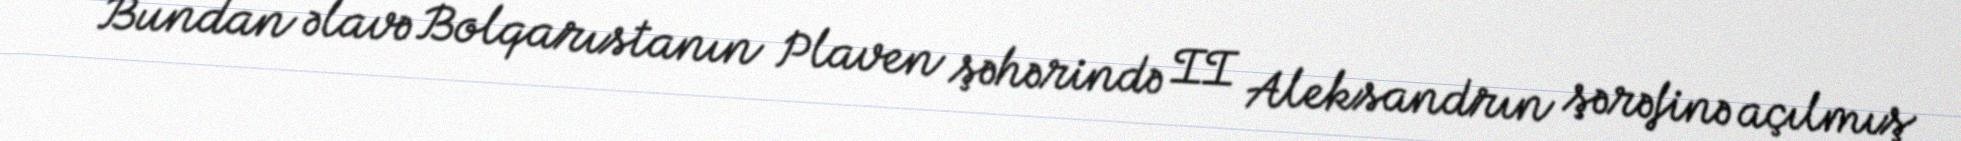
Bundan əlavə Bolqarıstanın Plaven şəhərində II Aleksandrın şərəfinə açılmış